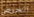
الحرص